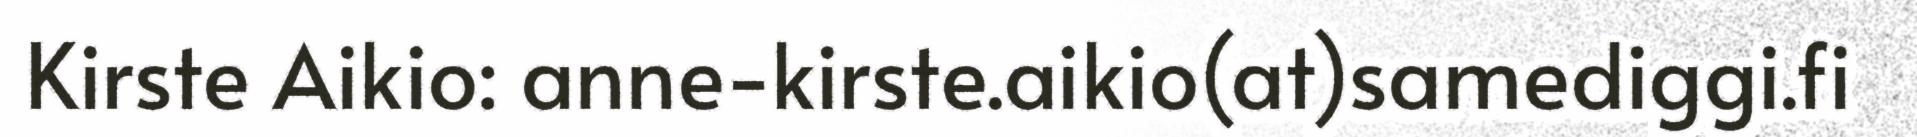
Kirste Aikio: anne-kirste.aikio(at)samediggi.fi